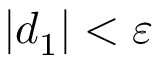
| d _ { 1 } | < \varepsilon